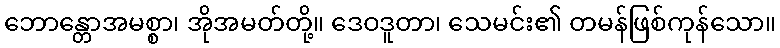
ဘောန္တောအမစ္စာ၊ အိုအမတ်တို့။ ဒေဝဒူတာ၊ သေမင်း၏ တမန်ဖြစ်ကုန်သော။